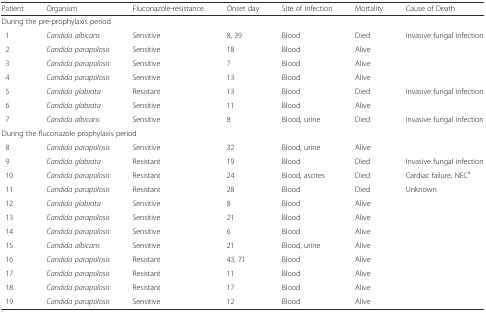
<table><thead><tr><td><b>Patient</b></td><td><b>Organism</b></td><td><b>Fluconazole-resistance</b></td><td><b>Onset day</b></td><td><b>Site of Infection</b></td><td><b>Mortality</b></td><td><b>Cause of Death</b></td></tr></thead><tbody><tr><td colspan="7">During the pre-prophylaxis period</td></tr><tr><td> 1</td><td><i>Candida albicans</i></td><td>Sensitive</td><td>8, 39</td><td>Blood</td><td>Died</td><td>Invasive fungal infection</td></tr><tr><td> 2</td><td><i>Candida parapsilosis</i></td><td>Sensitive</td><td>18</td><td>Blood</td><td>Alive</td><td></td></tr><tr><td> 3</td><td><i>Candida parapsilosis</i></td><td>Sensitive</td><td>7</td><td>Blood</td><td>Alive</td><td></td></tr><tr><td> 4</td><td><i>Candida parapsilosis</i></td><td>Sensitive</td><td>13</td><td>Blood</td><td>Alive</td><td></td></tr><tr><td> 5</td><td><i>Candida glabrata</i></td><td>Resistant</td><td>13</td><td>Blood</td><td>Died</td><td>Invasive fungal infection</td></tr><tr><td> 6</td><td><i>Candida glabrata</i></td><td>Sensitive</td><td>11</td><td>Blood</td><td>Alive</td><td></td></tr><tr><td> 7</td><td><i>Candida albicans</i></td><td>Sensitive</td><td>8</td><td>Blood, urine</td><td>Died</td><td>Invasive fungal infection</td></tr><tr><td colspan="7">During the fluconazole prophylaxis period</td></tr><tr><td> 8</td><td><i>Candida parapsilosis</i></td><td>Sensitive</td><td>32</td><td>Blood, urine</td><td>Alive</td><td></td></tr><tr><td> 9</td><td><i>Candida glabrata</i></td><td>Resistant</td><td>19</td><td>Blood</td><td>Died</td><td>Invasive fungal infection</td></tr><tr><td> 10</td><td><i>Candida parapsilosis</i></td><td>Resistant</td><td>24</td><td>Blood, ascites</td><td>Died</td><td>Cardiac failure, NEC<sup>a</sup></td></tr><tr><td> 11</td><td><i>Candida parapsilosis</i></td><td>Resistant</td><td>28</td><td>Blood</td><td>Died</td><td>Unknown</td></tr><tr><td> 12</td><td><i>Candida glabrata</i></td><td>Sensitive</td><td>8</td><td>Blood</td><td>Alive</td><td></td></tr><tr><td> 13</td><td><i>Candida parapsilosis</i></td><td>Sensitive</td><td>21</td><td>Blood</td><td>Alive</td><td></td></tr><tr><td> 14</td><td><i>Candida parapsilosis</i></td><td>Sensitive</td><td>6</td><td>Blood</td><td>Alive</td><td></td></tr><tr><td> 15</td><td><i>Candida albicans</i></td><td>Sensitive</td><td>21</td><td>Blood, urine</td><td>Alive</td><td></td></tr><tr><td> 16</td><td><i>Candida parapsilosis</i></td><td>Resistant</td><td>43, 71</td><td>Blood</td><td>Alive</td><td></td></tr><tr><td> 17</td><td><i>Candida parapsilosis</i></td><td>Resistant</td><td>11</td><td>Blood</td><td>Alive</td><td></td></tr><tr><td> 18</td><td><i>Candida parapsilosis</i></td><td>Resistant</td><td>17</td><td>Blood</td><td>Alive</td><td></td></tr><tr><td> 19</td><td><i>Candida parapsilosis</i></td><td>Sensitive</td><td>12</td><td>Blood</td><td>Alive</td><td></td></tr></tbody></table>